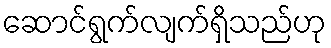
ဆောင်ရွက်လျက်ရှိသည်ဟု